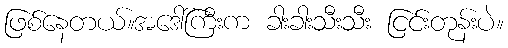
ဖြစ်နေတယ်။အဒေါ်ကြီးက ခါးခါးသီးသီး ငြင်းတုန်းပဲ။